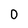
Character: 0